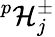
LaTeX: ^p\mathcal{H}_{j}^{\pm}